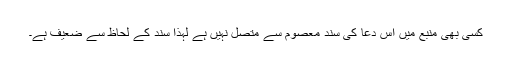
کسی بھی منبع میں اس دعا کی سند معصوم سے متصل نہیں ہے لہذا سند کے لحاظ سے ضعیف ہے۔